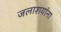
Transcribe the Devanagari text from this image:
जलाशयांना